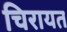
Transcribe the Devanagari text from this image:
चिरायत